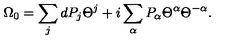
\Omega _ { 0 } = \sum _ { j } d P _ { j } \Theta ^ { j } + i \sum _ { \alpha } P _ { \alpha } \Theta ^ { \alpha } \Theta ^ { - \alpha } .